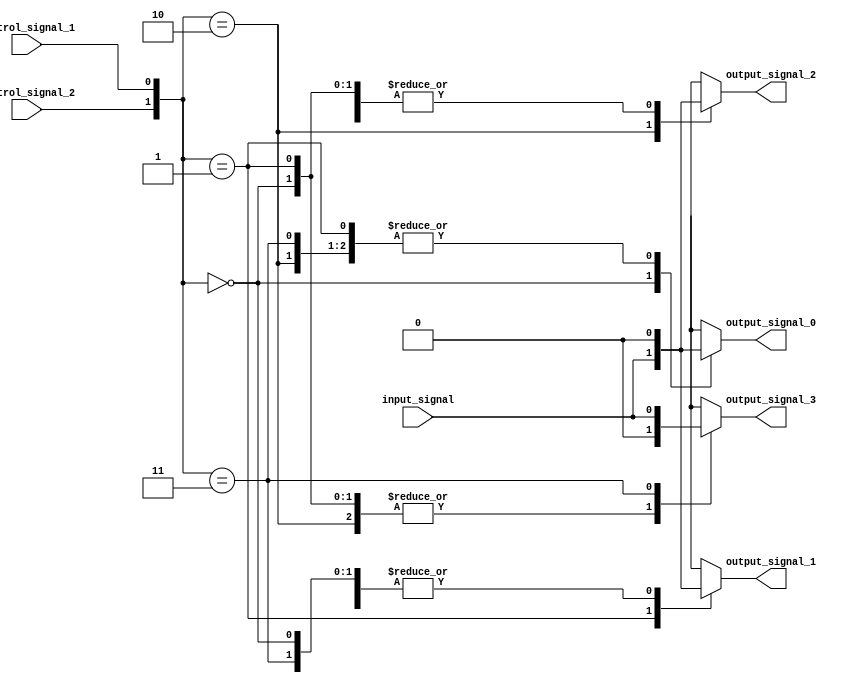
module demux(
    input wire input_signal,
    input wire control_signal_1,
    input wire control_signal_2,
    output reg output_signal_0,
    output reg output_signal_1,
    output reg output_signal_2,
    output reg output_signal_3
);

always @(*)
begin
    case({control_signal_2, control_signal_1})
        2'b00: begin
            output_signal_0 = input_signal;
            output_signal_1 = 1'b0;
            output_signal_2 = 1'b0;
            output_signal_3 = 1'b0;
        end
        2'b01: begin
            output_signal_0 = 1'b0;
            output_signal_1 = input_signal;
            output_signal_2 = 1'b0;
            output_signal_3 = 1'b0;
        end
        2'b10: begin
            output_signal_0 = 1'b0;
            output_signal_1 = 1'b0;
            output_signal_2 = input_signal;
            output_signal_3 = 1'b0;
        end
        2'b11: begin
            output_signal_0 = 1'b0;
            output_signal_1 = 1'b0;
            output_signal_2 = 1'b0;
            output_signal_3 = input_signal;
        end
    endcase
end

endmodule